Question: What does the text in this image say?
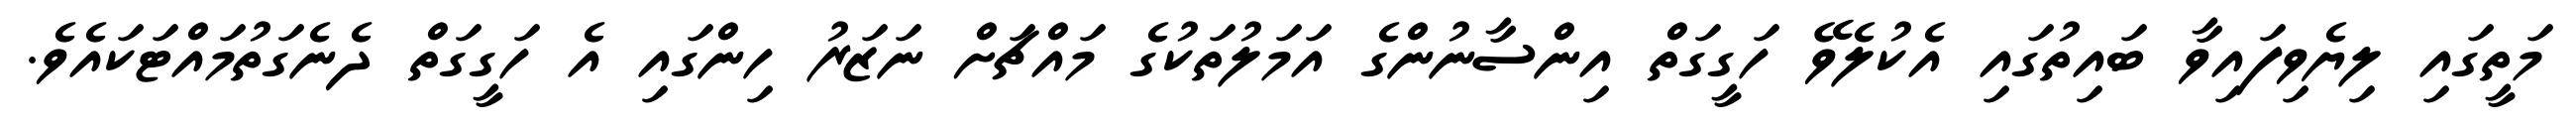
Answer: މަތީގައި ލިޔެވިފައިވާ ބައިތުގައި އެކުލެވޭ ހަގީގަތް އިންސާނުންގެ އަމަލުތަކުގެ މައްޗަށް ނަޒަރު ހިންގައި އެ ހަގީގަތް ދެނެގަތުމައްޓަކައެވެ.